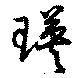
瑛